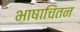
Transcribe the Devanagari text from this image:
भाषाचिंतन